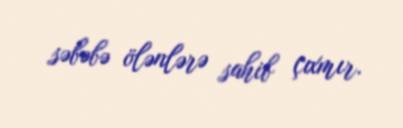
səbəbə ölənlərə sahib çıxmır.